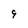
Character: 9